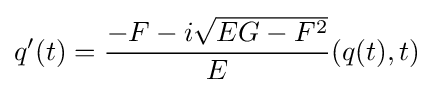
\displaystyle q'(t)={\frac {-F-i{\sqrt {EG-F^{2}}}}{E}}(q(t),t)